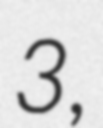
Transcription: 3,